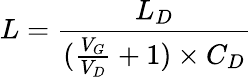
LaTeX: L=\frac{L_{D}}{(\frac{V_{G}}{V_{D}}+1)\times C_{D}}